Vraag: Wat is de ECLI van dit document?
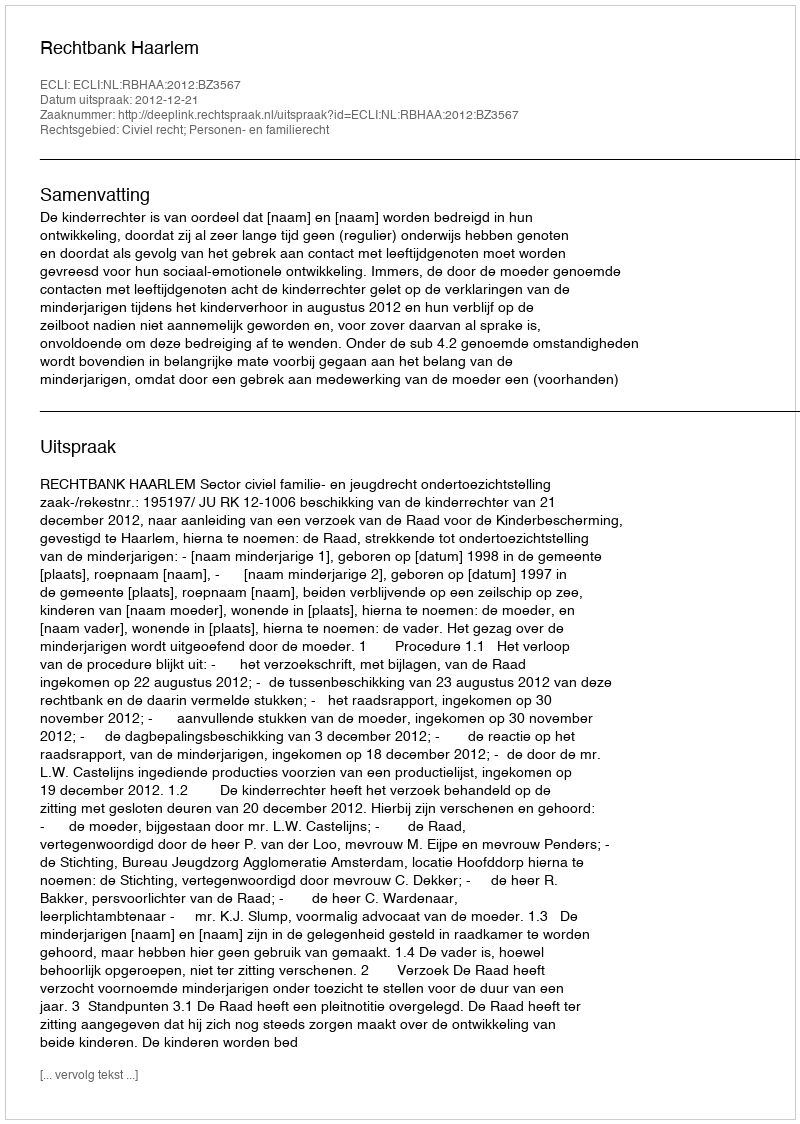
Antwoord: ECLI:NL:RBHAA:2012:BZ3567